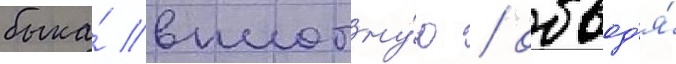
быка́ вплотну́ю / обвод'я́